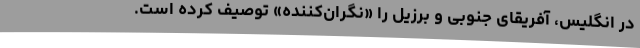
در انگلیس، آفریقای جنوبی و برزیل را «نگران‌کننده» توصیف کرده است.